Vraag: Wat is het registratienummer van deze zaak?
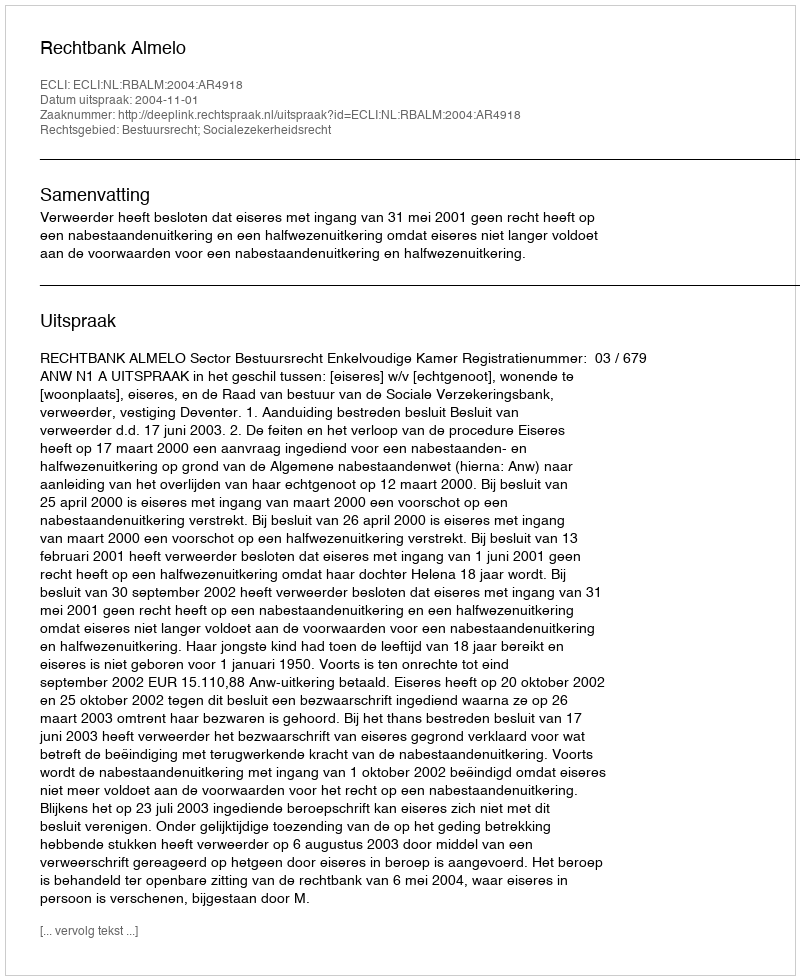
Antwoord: http://deeplink.rechtspraak.nl/uitspraak?id=ECLI:NL:RBALM:2004:AR4918